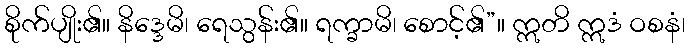
စိုက်ပျိုး၏။ နိဒ္ဒေမိ၊ ရေသွန်း၏။ ရက္ခာမိ၊ စောင့်၏”။ ဣတိ ဣဒံ ဝစနံ၊